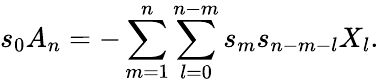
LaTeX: s_{0}A_{n}=-\sum_{m=1}^{n}\sum_{l=0}^{n-m}s_{m}s_{n-m-l}X_{l}.